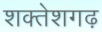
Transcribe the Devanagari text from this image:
शक्तेशगढ़